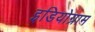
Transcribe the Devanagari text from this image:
इडियोग्राम